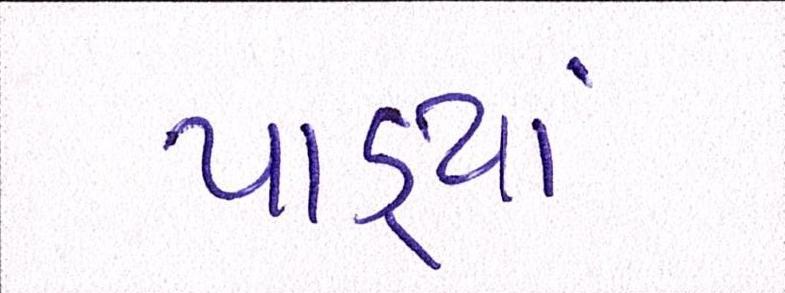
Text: પાડ્યાં